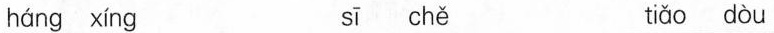
háng xíng sī chě tiǎo dòu